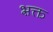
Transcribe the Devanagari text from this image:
भ़क्त